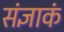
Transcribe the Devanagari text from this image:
संज्ञाकं